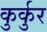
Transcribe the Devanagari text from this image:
कुर्कुर